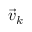
\Vec { v } _ { k }